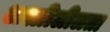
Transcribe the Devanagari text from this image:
अश्लीलीलता